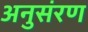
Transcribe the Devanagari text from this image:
अनुसंरण